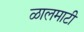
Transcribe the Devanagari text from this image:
ळालमाटी